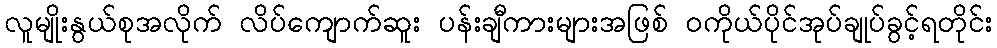
လူမျိုးနွယ်စုအလိုက် လိပ်ကျောက်ဆူး ပန်းချီကားများအဖြစ် ဝကိုယ်ပိုင်အုပ်ချုပ်ခွင့်ရတိုင်း